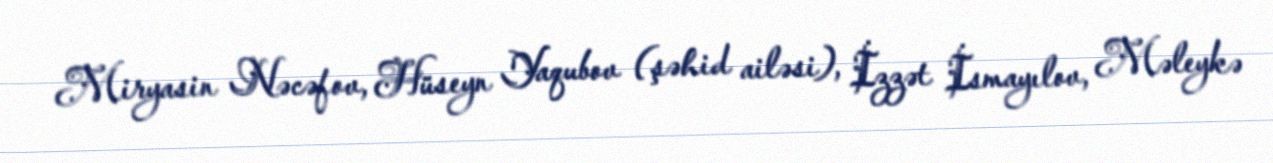
Miryasin Nəcəfov, Hüseyn Yaqubov (şəhid ailəsi), İzzət İsmayılov, Məleykə